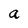
Character: a